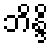
ဘိန္ဒိ